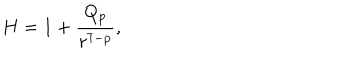
LaTeX: H = 1 + \frac { Q _ { p } } { r ^ { 7 - p } } ,